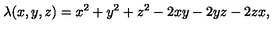
\lambda ( x , y , z ) = x ^ { 2 } + y ^ { 2 } + z ^ { 2 } - 2 x y - 2 y z - 2 z x ,